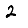
Digit: 2